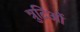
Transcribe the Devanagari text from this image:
त्रुटिओं